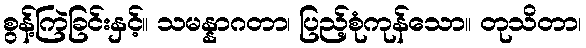
စွန့်ကြဲခြင်းနှင့်။ သမန္နာဂတာ၊ ပြည့်စုံကုန်သော။ တုသိတာ၊